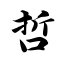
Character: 哲